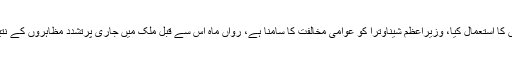
پولیس نے مظاہرین کو منتشر کرنے کے لیے آنسو گیس کا استعمال کیا، وزیراعظم شیناوترا کو عوامی مخالفت کا سامنا ہے، رواں ماہ اس سے قبل ملک میں جاری پرتشدد مظاہروں کے نتیجے میں پانچ افراد ہلاک دو سو زائد زخمی ہوئے تھے۔